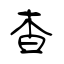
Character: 杳